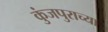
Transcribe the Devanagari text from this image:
कुंजपुराच्या